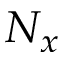
N _ { x }